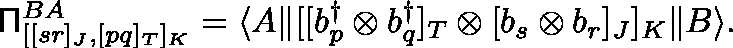
\mathsf { \Pi } _ { [ [ s r ] _ { J } , [ p q ] _ { T } ] _ { K } } ^ { B A } = \langle A \| [ [ b _ { p } ^ { \dagger } \otimes b _ { q } ^ { \dagger } ] _ { T } \otimes [ b _ { s } \otimes b _ { r } ] _ { J } ] _ { K } \| B \rangle .